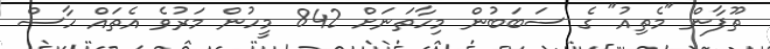
ތޫފާން "މެތިއު" ގެ ސަބަބުން މިހާތަނަށް 842 މީހުން މަރުވެ އެތައް ހާސް